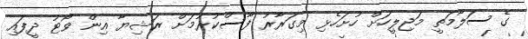
ގެ ސަލާމަތީ މަޖިލީހަށް ހުށަހެޅި މިގަރާރު ފާސްކުރުމަށް ރަޝިޔާ އިން ވޯޓު ދީފައި